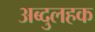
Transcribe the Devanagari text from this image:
अब्दुलहक